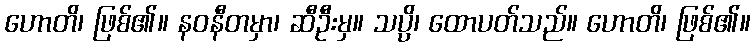
ဟောတိ၊ ဖြစ်၏။ နဝနီတမှာ၊ ဆီဦးမှ။ သပ္ပိ၊ ထောပတ်သည်။ ဟောတိ၊ ဖြစ်၏။